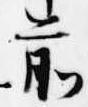
前